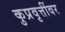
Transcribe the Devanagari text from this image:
कुप्रवृत्तींवर